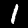
Digit: 1